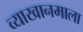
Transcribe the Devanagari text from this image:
व्याखानमाला